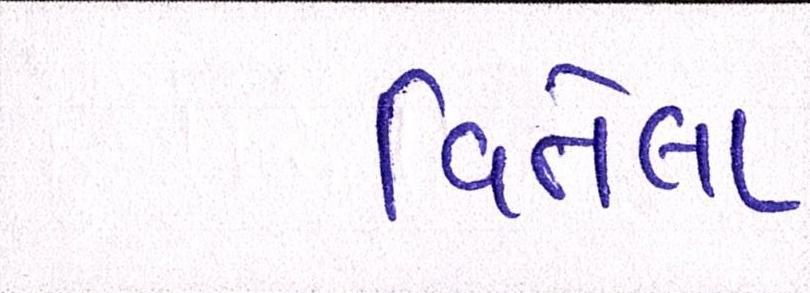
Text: વિતેલા